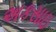
અકસાઇ